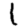
Digit: 1